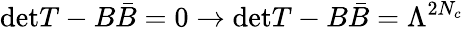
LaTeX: \mathrm{det}T-B\bar{B}=0\rightarrow\mathrm{det}T-B\bar{B}=\Lambda^{2N_{c}}